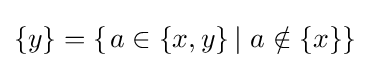
\{y\}=\{\left.a\in \{x,y\}\,\right|\,a\notin \{x\}\}